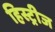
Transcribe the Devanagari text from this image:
हिस्ट्रीज